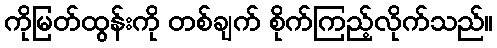
ကိုမြတ်ထွန်းကို တစ်ချက် စိုက်ကြည့်လိုက်သည်။